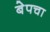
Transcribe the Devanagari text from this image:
बेपचा